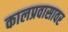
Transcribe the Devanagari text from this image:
कालप्रवासावर